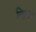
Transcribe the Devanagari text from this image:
विद्धत्र